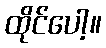
ထိုင်ပေါ့။